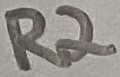
Text: R2